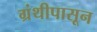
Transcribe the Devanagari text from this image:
ग्रंथीपासून